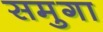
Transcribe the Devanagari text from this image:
समुगा